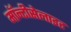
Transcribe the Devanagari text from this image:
मॉन्टीसेलाइट